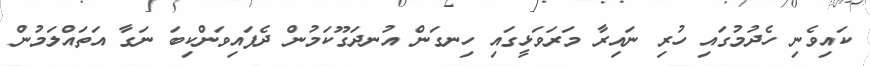
ކައިވެނި ހެދުމުގައި ހުރި ނައިރާ މަރަވަޅީގައި ހިނގަން އުނދަގޫކަމުން ދެފައިވަންކިބަ ނަގާ އަތައްލަމުން